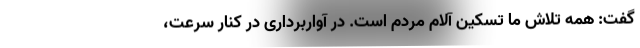
گفت: همه تلاش ما تسکین آلام مردم است. در آواربرداری در کنار سرعت،